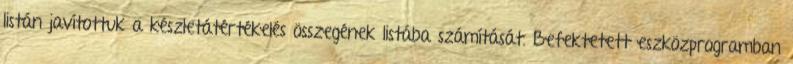
listán javítottuk a készletátértékelés összegének listába számítását. Befektetett eszközprogramban